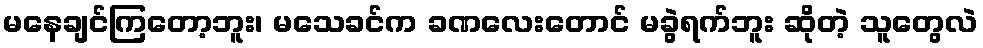
မနေချင်ကြတော့ဘူး၊ မသေခင်က ခဏလေးတောင် မခွဲရက်ဘူး ဆိုတဲ့ သူတွေလဲ